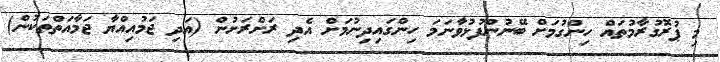
މި ޕުރޮގުރާމުތައް ހިންގުމަށް ބޭނުންފުޅުވާނަމަ ހިންގައިދިނުމަށް އެދި ރަށްރަށުން (އަދި ޖަމުއިއްޔާ ޖަމާއަތްތަކުން)